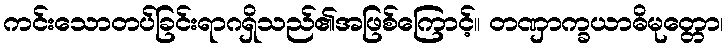
ကင်းသောတပ်ခြင်းရာဂရှိသည်၏အဖြစ်ကြောင့်။ တဏှာက္ခယာဓိမုတ္တော၊